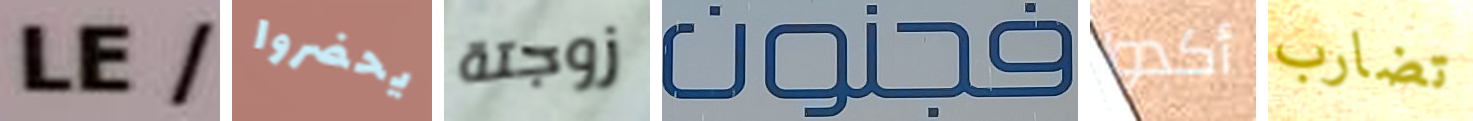
LE/ يحضروا زوجتة فجنون أكدوا تضارب